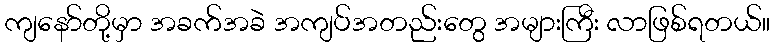
ကျနော်တို့မှာ အခက်အခဲ အကျပ်အတည်းတွေ အများကြီး လာဖြစ်ရတယ်။